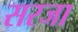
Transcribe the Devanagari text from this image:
सरजा